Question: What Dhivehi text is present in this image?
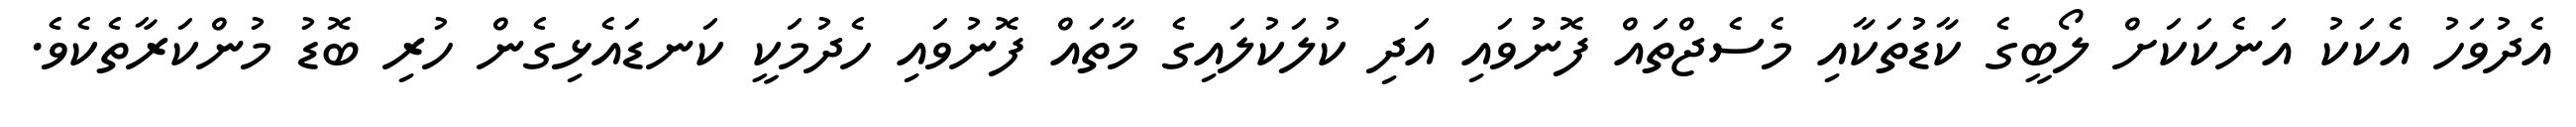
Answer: އެދުވަހު އެކަކު އަނެކަކަށް ލޯބީގެ ކާޑުތަކާއި މެސެޖްތައް ފޮނުވައި އަދި ކުލަކުލައިގެ މާތައް ފޮނުވައި ހެދުމަކީ ކަނޑައެޅިގެން ހުރި ބޮޑު މުންކަރާތެކެވެ.